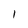
Character: l